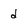
Character: d